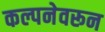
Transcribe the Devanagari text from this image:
कल्पनेवरून